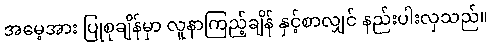
အမေ့အား ပြုစုချိန်မှာ လူနာကြည့်ချိန် နှင့်စာလျှင် နည်းပါးလှသည်။